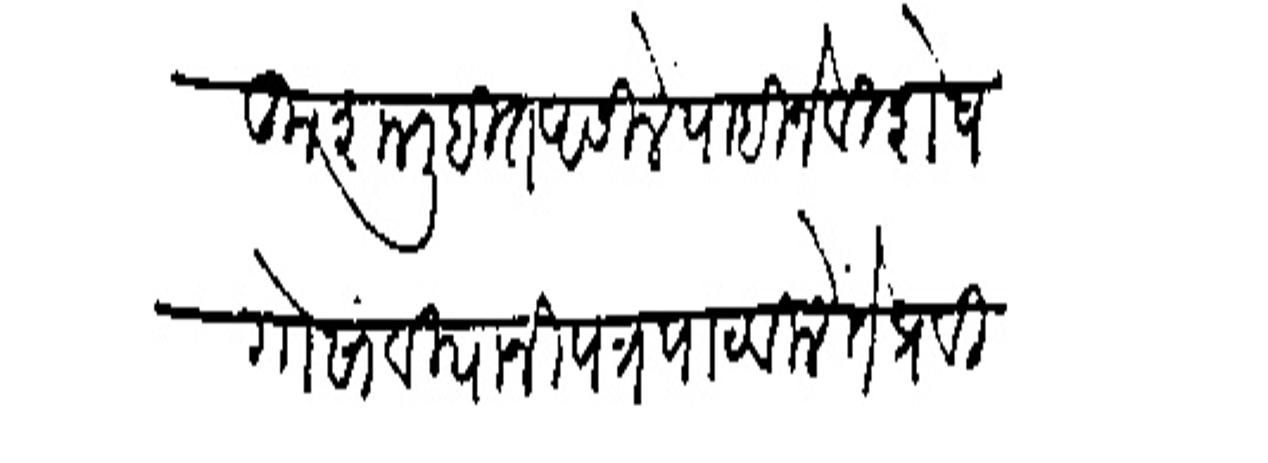
Transliteration (Devanagari): कुशल लिहित असिले पाहिजे विशेष गोसांवियानी पत्र पाठविलें ते प्रविष्ट